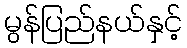
မွန်ပြည်နယ်နှင့်